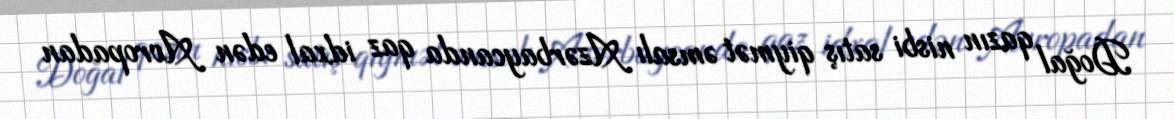
Doğal qazın nisbi satış qiymət əmsalı Azərbaycanda qaz idxal edən Avropadan